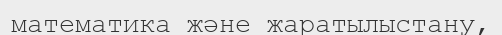
математика және жаратылыстану,